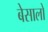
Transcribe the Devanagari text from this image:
बेसालो